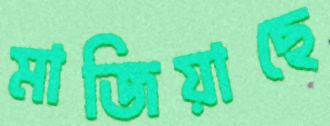
মাজিয়াছে